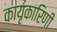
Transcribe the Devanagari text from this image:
कायृकारिणी